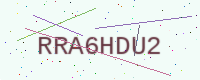
Text: RRA6HDU2